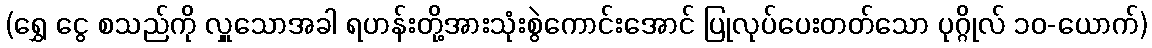
(ရွှေ ငွေ စသည်ကို လှူသောအခါ ရဟန်းတို့အားသုံးစွဲကောင်းအောင် ပြုလုပ်ပေးတတ်သော ပုဂ္ဂိုလ် ၁၀-ယောက်)